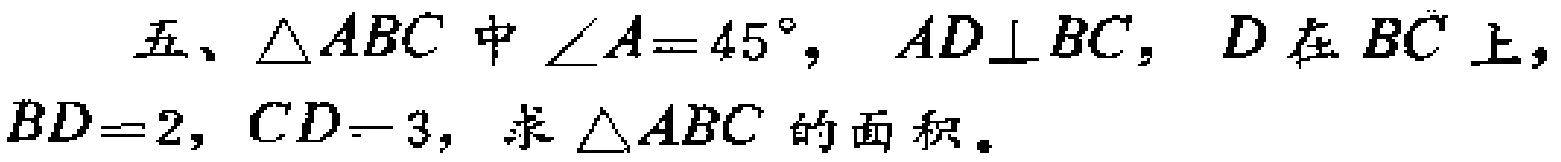
五、$\triangle ABC$中$\angle A = 45^{\circ}$，$AD\perp BC$，$D$在$BC$上，$BD = 2$，$CD = 3$，求$\triangle ABC$的面积。